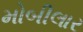
મોબીલાર